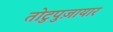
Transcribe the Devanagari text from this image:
तोटुपुज़ायार